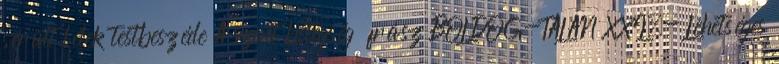
sérült lélek testbeszéde A szent betegség frász BOLDOG-TALAN XXI.- Lehetséges